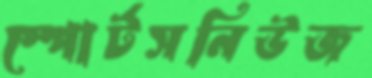
স্পোর্টসনিউজ